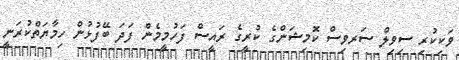
ވަކިކުރި ސިވިލް ސަރވިސް ކޮމިޝަންގެ ކުރީގެ ރައީސް ފަހުމީމެން ފަދަ ބޭފުޅުން ހިމާޔަތްކުރަނީ